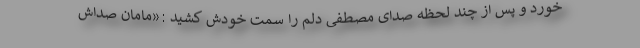
خورد و پس از چند لحظه صدای مصطفی دلم را سمت خودش کشید :«مامان صداش